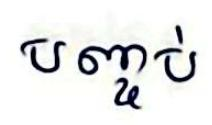
បញ្ចប់